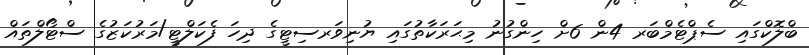
ބްލޮކްގައި ސެޕްޓެމްބަރ 4ން 6ށް ހިންގުނު މިޙަރަކާތުގައި ޔުނިވަރސިޓީގެ ދިހަ ފެކަލްޓީ/މަރުކަޒުގެ ސްޓޯލްތައް